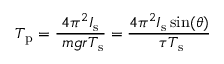
T _ { \mathrm { p } } = { \frac { 4 \pi ^ { 2 } I _ { \mathrm { s } } } { \ m g r T _ { \mathrm { s } } } } = { \frac { 4 \pi ^ { 2 } I _ { \mathrm { s } } \sin ( \theta ) } { \ \tau T _ { \mathrm { s } } } }